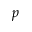
p